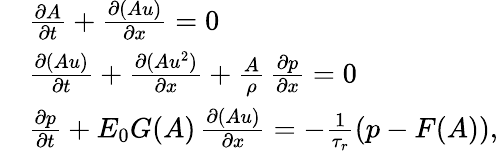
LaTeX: \begin{array}{rl}&{\frac{\partial A}{\partial t}+\frac{\partial(Au)}{\partial x}=0}\\ &{\frac{\partial(Au)}{\partial t}+\frac{\partial(Au^{2})}{\partial x}+\frac{A}{\rho}\, \frac{\partial p}{\partial x}=0}\\ &{\frac{\partial p}{\partial t}+E_{0}G(A)\, \frac{\partial(Au)}{\partial x}=-\frac{1}{\tau_{r}}\left(p-F(A)\right),}\end{array}